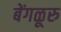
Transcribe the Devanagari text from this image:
बेंगळूरु